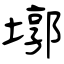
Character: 墎